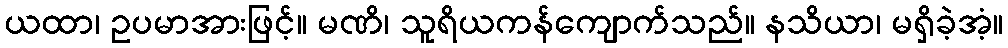
ယထာ၊ ဥပမာအားဖြင့်။ မဏိ၊ သူရိယကန်ကျောက်သည်။ နသိယာ၊ မရှိခဲ့အံ့။